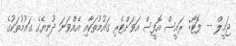
ޖަމީލް -- ފޮޓޯ: ރައީސް އޮފީސް އަވަށްޓެރި ގައުމުތަކާއި އެއްވަނަ ދުނިޔޭގެ ގައުމުތަކުގެ